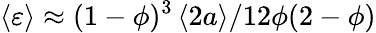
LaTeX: \left\langle\varepsilon\right\rangle\approx{(1-\phi)^{3}}\left\langle 2a\right\rangle/{12\phi(2-\phi)}